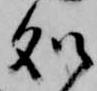
処